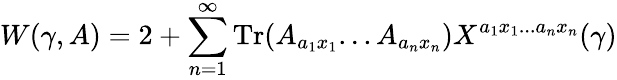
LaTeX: W(\gamma,A)=2+\sum_{n=1}^{\infty}\mathrm{Tr}(A_{a_{1}x_{1}}...A_{a_{n}x_{n}})X^{a_{1}x_{1}...a_{n}x_{n}}(\gamma)